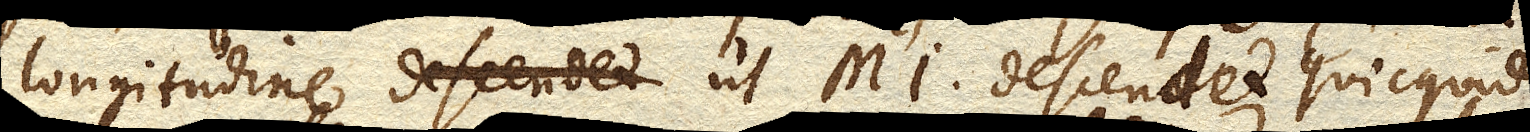
longitudine ut MI. descendet quicquid